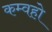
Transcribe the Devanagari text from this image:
कम्वहो